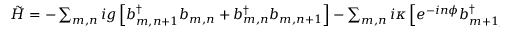
\begin{array} { r } { \tilde { H } = - \sum _ { m , n } i g \left[ b _ { m , n + 1 } ^ { \dagger } b _ { m , n } + b _ { m , n } ^ { \dagger } b _ { m , n + 1 } \right] - \sum _ { m , n } i \kappa \left[ e ^ { - i n \phi } b _ { m + 1 , n } ^ { \dagger } b _ { m , n } + e ^ { i n \phi } b _ { m , n } ^ { \dagger } b _ { m + 1 , n } \right] , } \end{array}